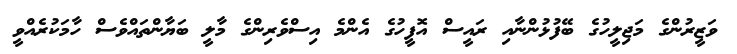
ވަޒީރުންގެ މަޖިލީހުގެ ބޭފުޅުންނާއި ރައީސް އޮފީހުގެ އެންމެ އިސްވެރިންގެ މާލީ ބަޔާންތައްވެސް ހާމަކުރެއްވީ